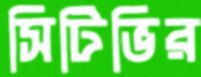
সিটিভির